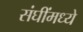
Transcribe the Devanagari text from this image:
संघींमध्ये